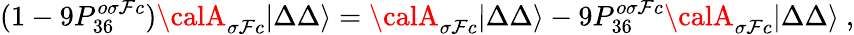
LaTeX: (1-9P_{36}^{o\sigma\mathcal{F}c}){\calA}_{\sigma\mathcal{F}c}|\Delta\Delta\rangle={\calA}_{\sigma\mathcal{F}c}|\Delta\Delta\rangle-9P_{36}^{o\sigma\mathcal{F}c}{\calA}_{\sigma\mathcal{F}c}|\Delta\Delta\rangle\ ,